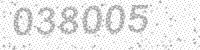
Solution: 038005